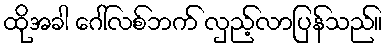
ထိုအခါ ဂေါ်လစ်ဘက် လှည့်လာပြန်သည်။